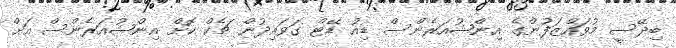
ބިދޭސީ މުވައްޒަފުންގެ އިންޝުއަރެންސް ޑިއު ޑޭޓް ގަވައިދުން ޗެކް ކޮށް އިންޝުއަރެންސް އަށް